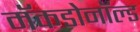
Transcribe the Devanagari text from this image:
मॅकडोनॉल्ड